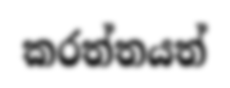
කරත්තයත්